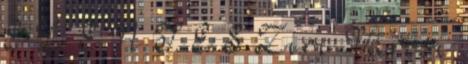
E L E N T É S Zirc Városi